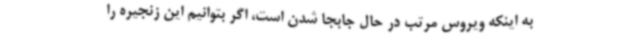
به اینکه ویروس مرتب در حال جابجا شدن است، اگر بتوانیم این زنجیره را